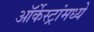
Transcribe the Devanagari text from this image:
ऑर्केस्ट्रांमध्ये